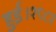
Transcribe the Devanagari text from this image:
हुई।१९८१